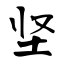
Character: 坚